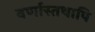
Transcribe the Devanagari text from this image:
वर्णास्तथापि